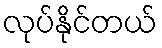
လုပ်နိုင်တယ်